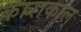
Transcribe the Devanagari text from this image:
काराकाल्